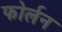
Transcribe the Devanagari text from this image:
फोर्लन